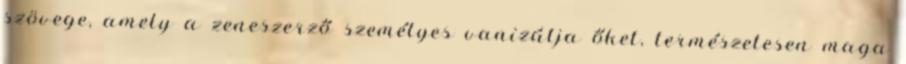
szövege, amely a zeneszerző személyes vanizálja őket, természetesen maga